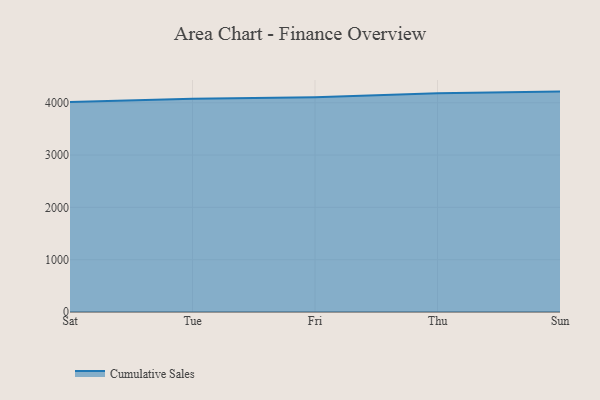
{"axis": {"x": "Day", "y": "Satisfaction Score"}, "legend": ["Cumulative Sales"], "data": [{"x": "Sat", "y": 4013.2, "type": "Cumulative Sales"}, {"x": "Tue", "y": 4074.5, "type": "Cumulative Sales"}, {"x": "Fri", "y": 4104.8, "type": "Cumulative Sales"}, {"x": "Thu", "y": 4181.5, "type": "Cumulative Sales"}, {"x": "Sun", "y": 4213.1, "type": "Cumulative Sales"}]}